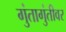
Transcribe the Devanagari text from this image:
गुंतागुंतीवर